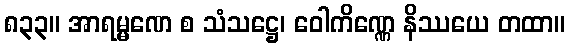
၈၃၃။ အာရမ္မဏေ စ သံသဋ္ဌေ၊ ဝေါကိဏ္ဏေ နိဿယေ တထာ။